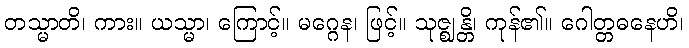
တသ္မာတိ၊ ကား။ ယသ္မာ၊ ကြောင့်။ မဂ္ဂေန၊ ဖြင့်။ သုဇ္ဈန္တိ၊ ကုန်၏။ ဂေါတ္တဓနေဟိ၊